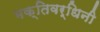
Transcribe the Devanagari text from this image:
भक्तिवर्धिनी